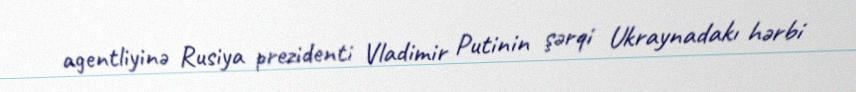
agentliyinə Rusiya prezidenti Vladimir Putinin şərqi Ukraynadakı hərbi